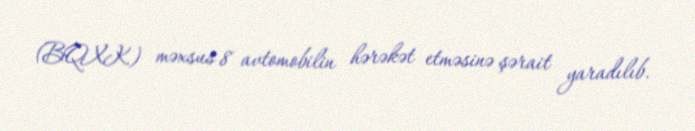
(BQXK) məxsus 8 avtomobilin hərəkət etməsinə şərait yaradılıb.